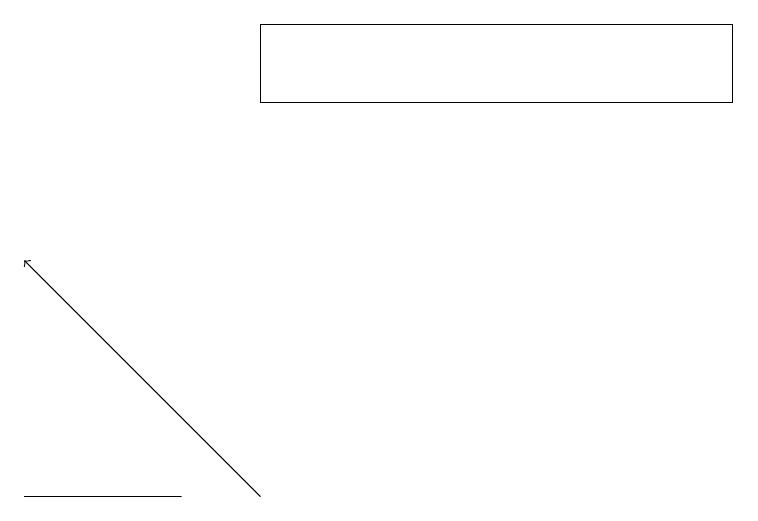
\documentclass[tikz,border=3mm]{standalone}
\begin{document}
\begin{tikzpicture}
\draw (0,12) rectangle (2,12);
\draw[->] (3,12) -- (0,15);
\draw (9,18) rectangle (3,17);
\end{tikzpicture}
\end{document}